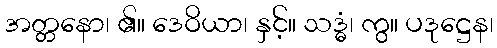
အတ္တနော၊ ၏။ ဒေဝိယာ၊ နှင့်။ သဒ္ဓံ၊ ကွ။ ပဒုဋ္ဌေန၊